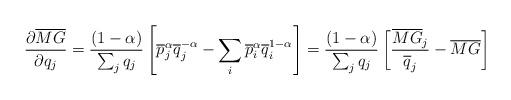
LaTeX: \begin{align*}\frac{\partial \overline{MG}}{\partial q_{j}}=\frac{\left(1-\alpha\right)}{\sum_{j}q_{j}}\left[\overline{p}^{\alpha}_{j}\overline{q}^{-\alpha}_{j}-\sum_{i}\overline{p}^{\alpha}_{i}\overline{q}^{1-\alpha}_{i}\right]=\frac{\left(1-\alpha\right)}{\sum_{j}q_{j}}\left[\frac{\overline{MG}_{j}}{\overline{q}_{j}}-\overline{MG}\right]\end{align*}